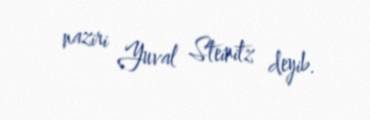
naziri Yuval Steinitz deyib.